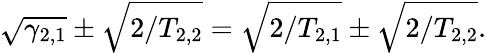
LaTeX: \sqrt{\gamma_{2,1}}\pm\sqrt{2/T_{2,2}}=\sqrt{2/T_{2,1}}\pm\sqrt{2/T_{2,2}}.